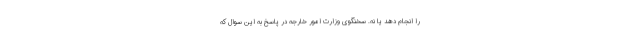
را انجام دهد یا نه. سخنگوی وزارت امور خارجه در پاسخ به این سوال که